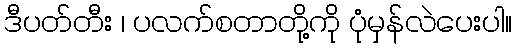
ဒီပတ်တီး ၊ ပလက်စတာတို့ကို ပုံမှန်လဲပေးပါ။